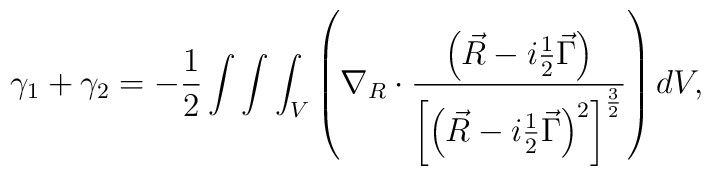
\gamma _1+\gamma _2=-\frac 12\int \int \int_V\left(\nabla _R\cdot \frac{\left( \vec R-i\frac 12\vec \Gamma \right) }{\left[\left( \vec R-i\frac 12\vec \Gamma \right) ^2\right] ^{\frac 32}}\right) dV,